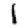
Digit: 1